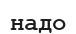
надо